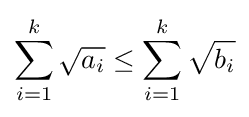
\sum _{i=1}^{k}{\sqrt {a_{i}}}\leq \sum _{i=1}^{k}{\sqrt {b_{i}}}